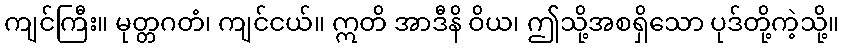
ကျင်ကြီး။ မုတ္တဂတံ၊ ကျင်ငယ်။ ဣတိ အာဒီနိ ဝိယ၊ ဤသို့အစရှိသော ပုဒ်တို့ကဲ့သို့။